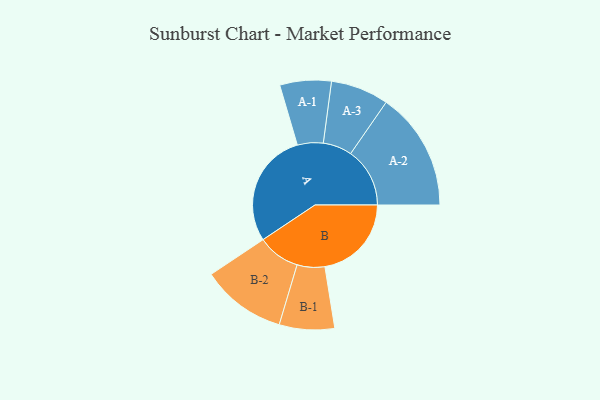
{"axis": {"x": "Segment", "y": "Value"}, "legend": ["", "A", "B"], "data": [{"x": "A", "y": 487, "type": ""}, {"x": "B", "y": 367, "type": ""}, {"x": "A-1", "y": 109, "type": "A"}, {"x": "A-2", "y": 251, "type": "A"}, {"x": "A-3", "y": 123, "type": "A"}, {"x": "B-1", "y": 117, "type": "B"}, {"x": "B-2", "y": 180, "type": "B"}]}